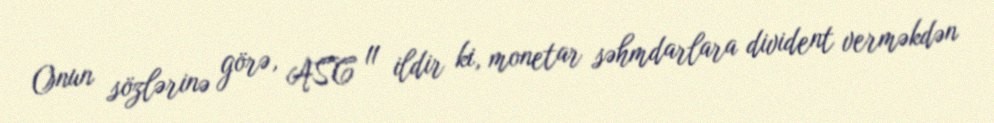
Onun sözlərinə görə, ASC 11 ildir ki, monetar səhmdarlara divident verməkdən